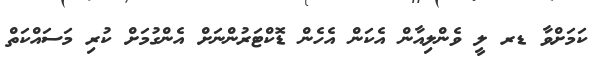
ކަމަށްވާ ޑރ ލީ ވެންލިއާން އެކަން އެހެން ޑޮކްޓަރުންނަށް އެންގުމަށް ކުރި މަސައްކަތް